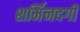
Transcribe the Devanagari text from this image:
शर्मिनदगी